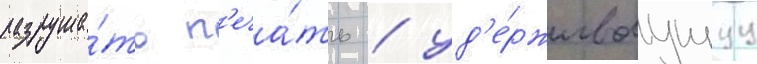
разруша́ть п'еча́ть / уд'е́рживаущуу